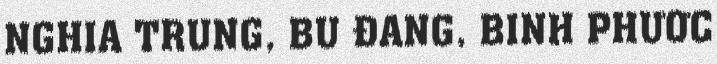
NGHĨA TRUNG, BÙ ĐĂNG, BÌNH PHƯỚC